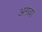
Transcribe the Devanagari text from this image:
अग़वा